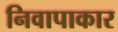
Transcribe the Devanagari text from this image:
निवापाकार